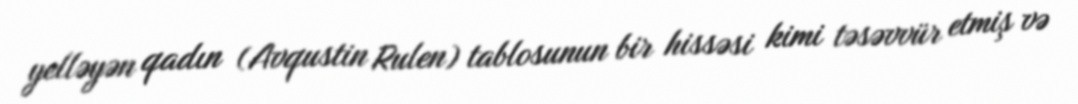
yelləyən qadın (Avqustin Rulen) tablosunun bir hissəsi kimi təsəvvür etmiş və